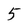
Character: 5